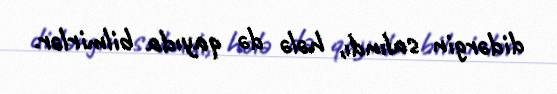
didərgin salındı, hələ də qayıda bilmirlər.